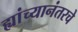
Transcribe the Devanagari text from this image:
ह्यांच्यानंतरचे